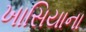
ખાસિયાના